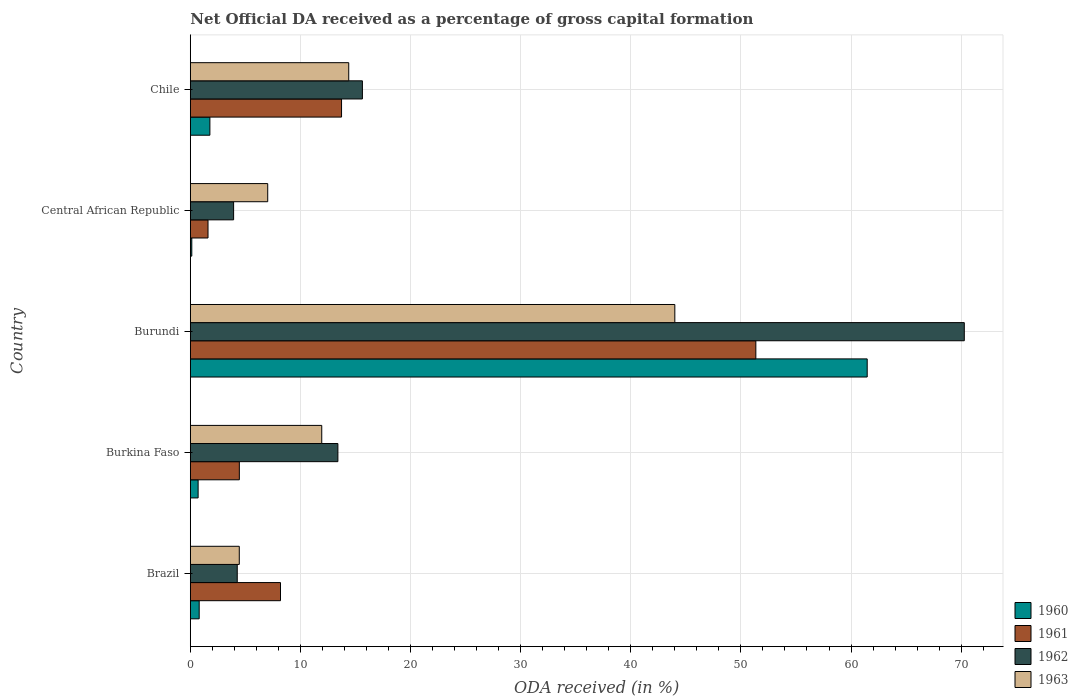
| Country | 1960 | 1961 | 1962 | 1963 |
 | --- | --- | --- | --- | --- |
 | Brazil | 0.808 | 8.19 | 4.26 | 4.45 |
 | Burkina Faso | 0.71 | 4.45 | 13.4 | 11.9 |
 | Burundi | 61.5 | 51.4 | 70.3 | 44 |
 | Central African Republic | 0.136 | 1.61 | 3.93 | 7.03 |
 | Chile | 1.78 | 13.7 | 15.6 | 14.4 |